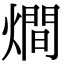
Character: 𤏐